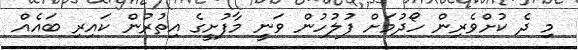
މި ދެ ކުށްވެރިން ހޯދުމަށް ފުލުހުން ވަނީ މާފުށީގެ އިތުރުން ކައިރި ބައެއް